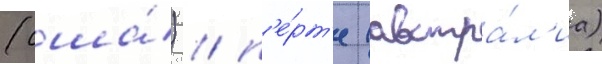
(сша́) / п'е́рт'е (австра́л'иа)